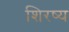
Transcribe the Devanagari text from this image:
शिरष्य